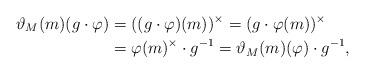
LaTeX: \begin{align*}\vartheta_M(m)(g\cdot\varphi)&=((g\cdot\varphi)(m))^\times=(g\cdot \varphi(m))^\times\\&=\varphi(m)^\times\cdot g^{-1}=\vartheta_M(m)(\varphi)\cdot g^{-1},\end{align*}